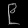
Digit: ၉